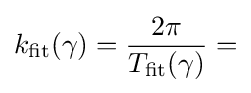
k_{\text{fit}}(\gamma )={\frac {2\pi }{T_{\text{fit}}(\gamma )}}=